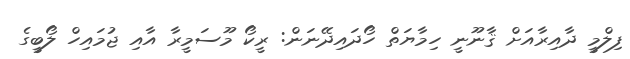
ފިލްމީ ދާއިރާއަށް ޤާނޫނީ ހިމާޔަތް ހޯދައިދޭނަން: ރީކޯ މޫސަމީރާ އާއި ޖުމައިހް ލޯބީގެ